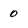
Character: 0